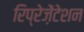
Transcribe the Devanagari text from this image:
रिप्रेज़ेंटेशन